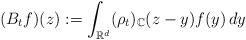
LaTeX: \begin{align*}(B_{t}f)(z):=\int_{\mathbb{R}^{d}}(\rho_{t})_{\mathbb{C}}(z-y)f(y)\,dy\end{align*}